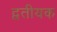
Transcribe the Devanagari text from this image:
द्वतीयक